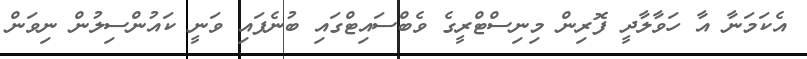
އެކަމަނާ އާ ހަވާލާދީ ފޮރިން މިނިސްޓްރީގެ ވެބްސައިޓްގައި ބުނެފައި ވަނީ ކައުންސިލުން ނިވަން